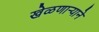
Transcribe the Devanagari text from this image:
खेळणाऱ्याने